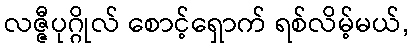
လဇ္ဇီပုဂ္ဂိုလ် စောင့်ရှောက် ရစ်လိမ့်မယ်,